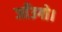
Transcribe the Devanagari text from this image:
जाँउगो।